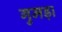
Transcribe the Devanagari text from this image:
गुमड़ा